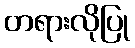
တရားလိုပြု